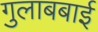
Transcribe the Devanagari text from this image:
गुलाबबाई